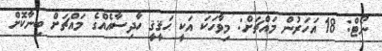
ނޯޓް: 18 އަހަރުން މައްޗަށް: މިވާހަކަ އަކީ ޙަޤީޤީ ހާދިސާއެއްގެ މައްޗަށް ބިނާކޮށް